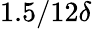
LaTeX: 1.5/12\delta